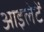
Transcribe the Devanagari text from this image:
आइलेटें